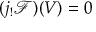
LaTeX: ( j _ { ! } { \mathcal { F } } ) ( V ) = 0